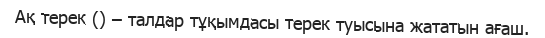
Ақ терек () – талдар тұқымдасы терек туысына жататын ағаш.